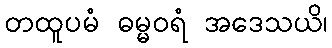
တထူပမံ ဓမ္မဝရံ အဒေသယိ၊